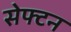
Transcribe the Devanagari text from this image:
सेफ्टन